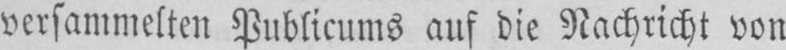
versammelten Publicums auf die Nachricht von